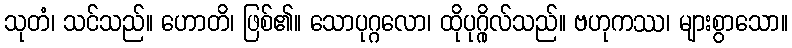
သုတံ၊ သင်သည်။ ဟောတိ၊ ဖြစ်၏။ သောပုဂ္ဂလော၊ ထိုပုဂ္ဂိုလ်သည်။ ဗဟုကဿ၊ များစွာသော။